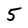
Character: 5